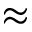
\approx